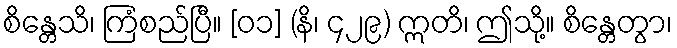
စိန္တေသိ၊ ကြံစည်ပြီ။ [၀၁] (နိ၊ ၄၂၉) ဣတိ၊ ဤသို့။ စိန္တေတွာ၊